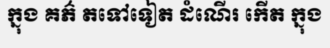
ក្នុង គភ៌ តទៅទៀត ដំណើរ កើត ក្នុង